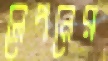
লেপনের